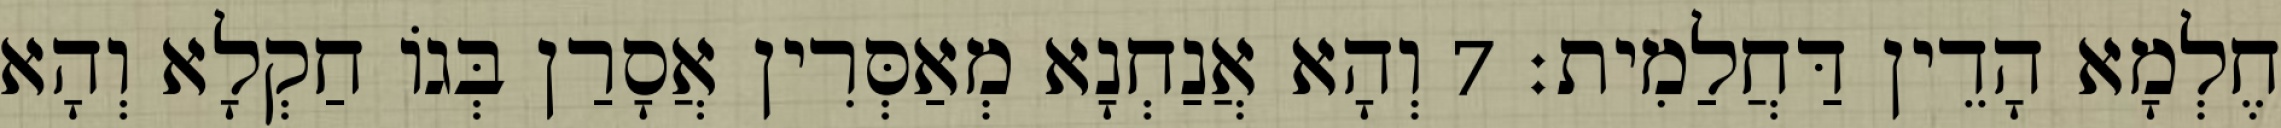
חֶלְמָא הָדֵין דַּחֲלַמִית׃ 7 וְהָא אֲנַחְנָא מְאַסְּרִין אֲסָרַן בְּגוֹ חַקְלָא וְהָא